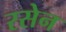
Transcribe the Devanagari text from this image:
रसेन